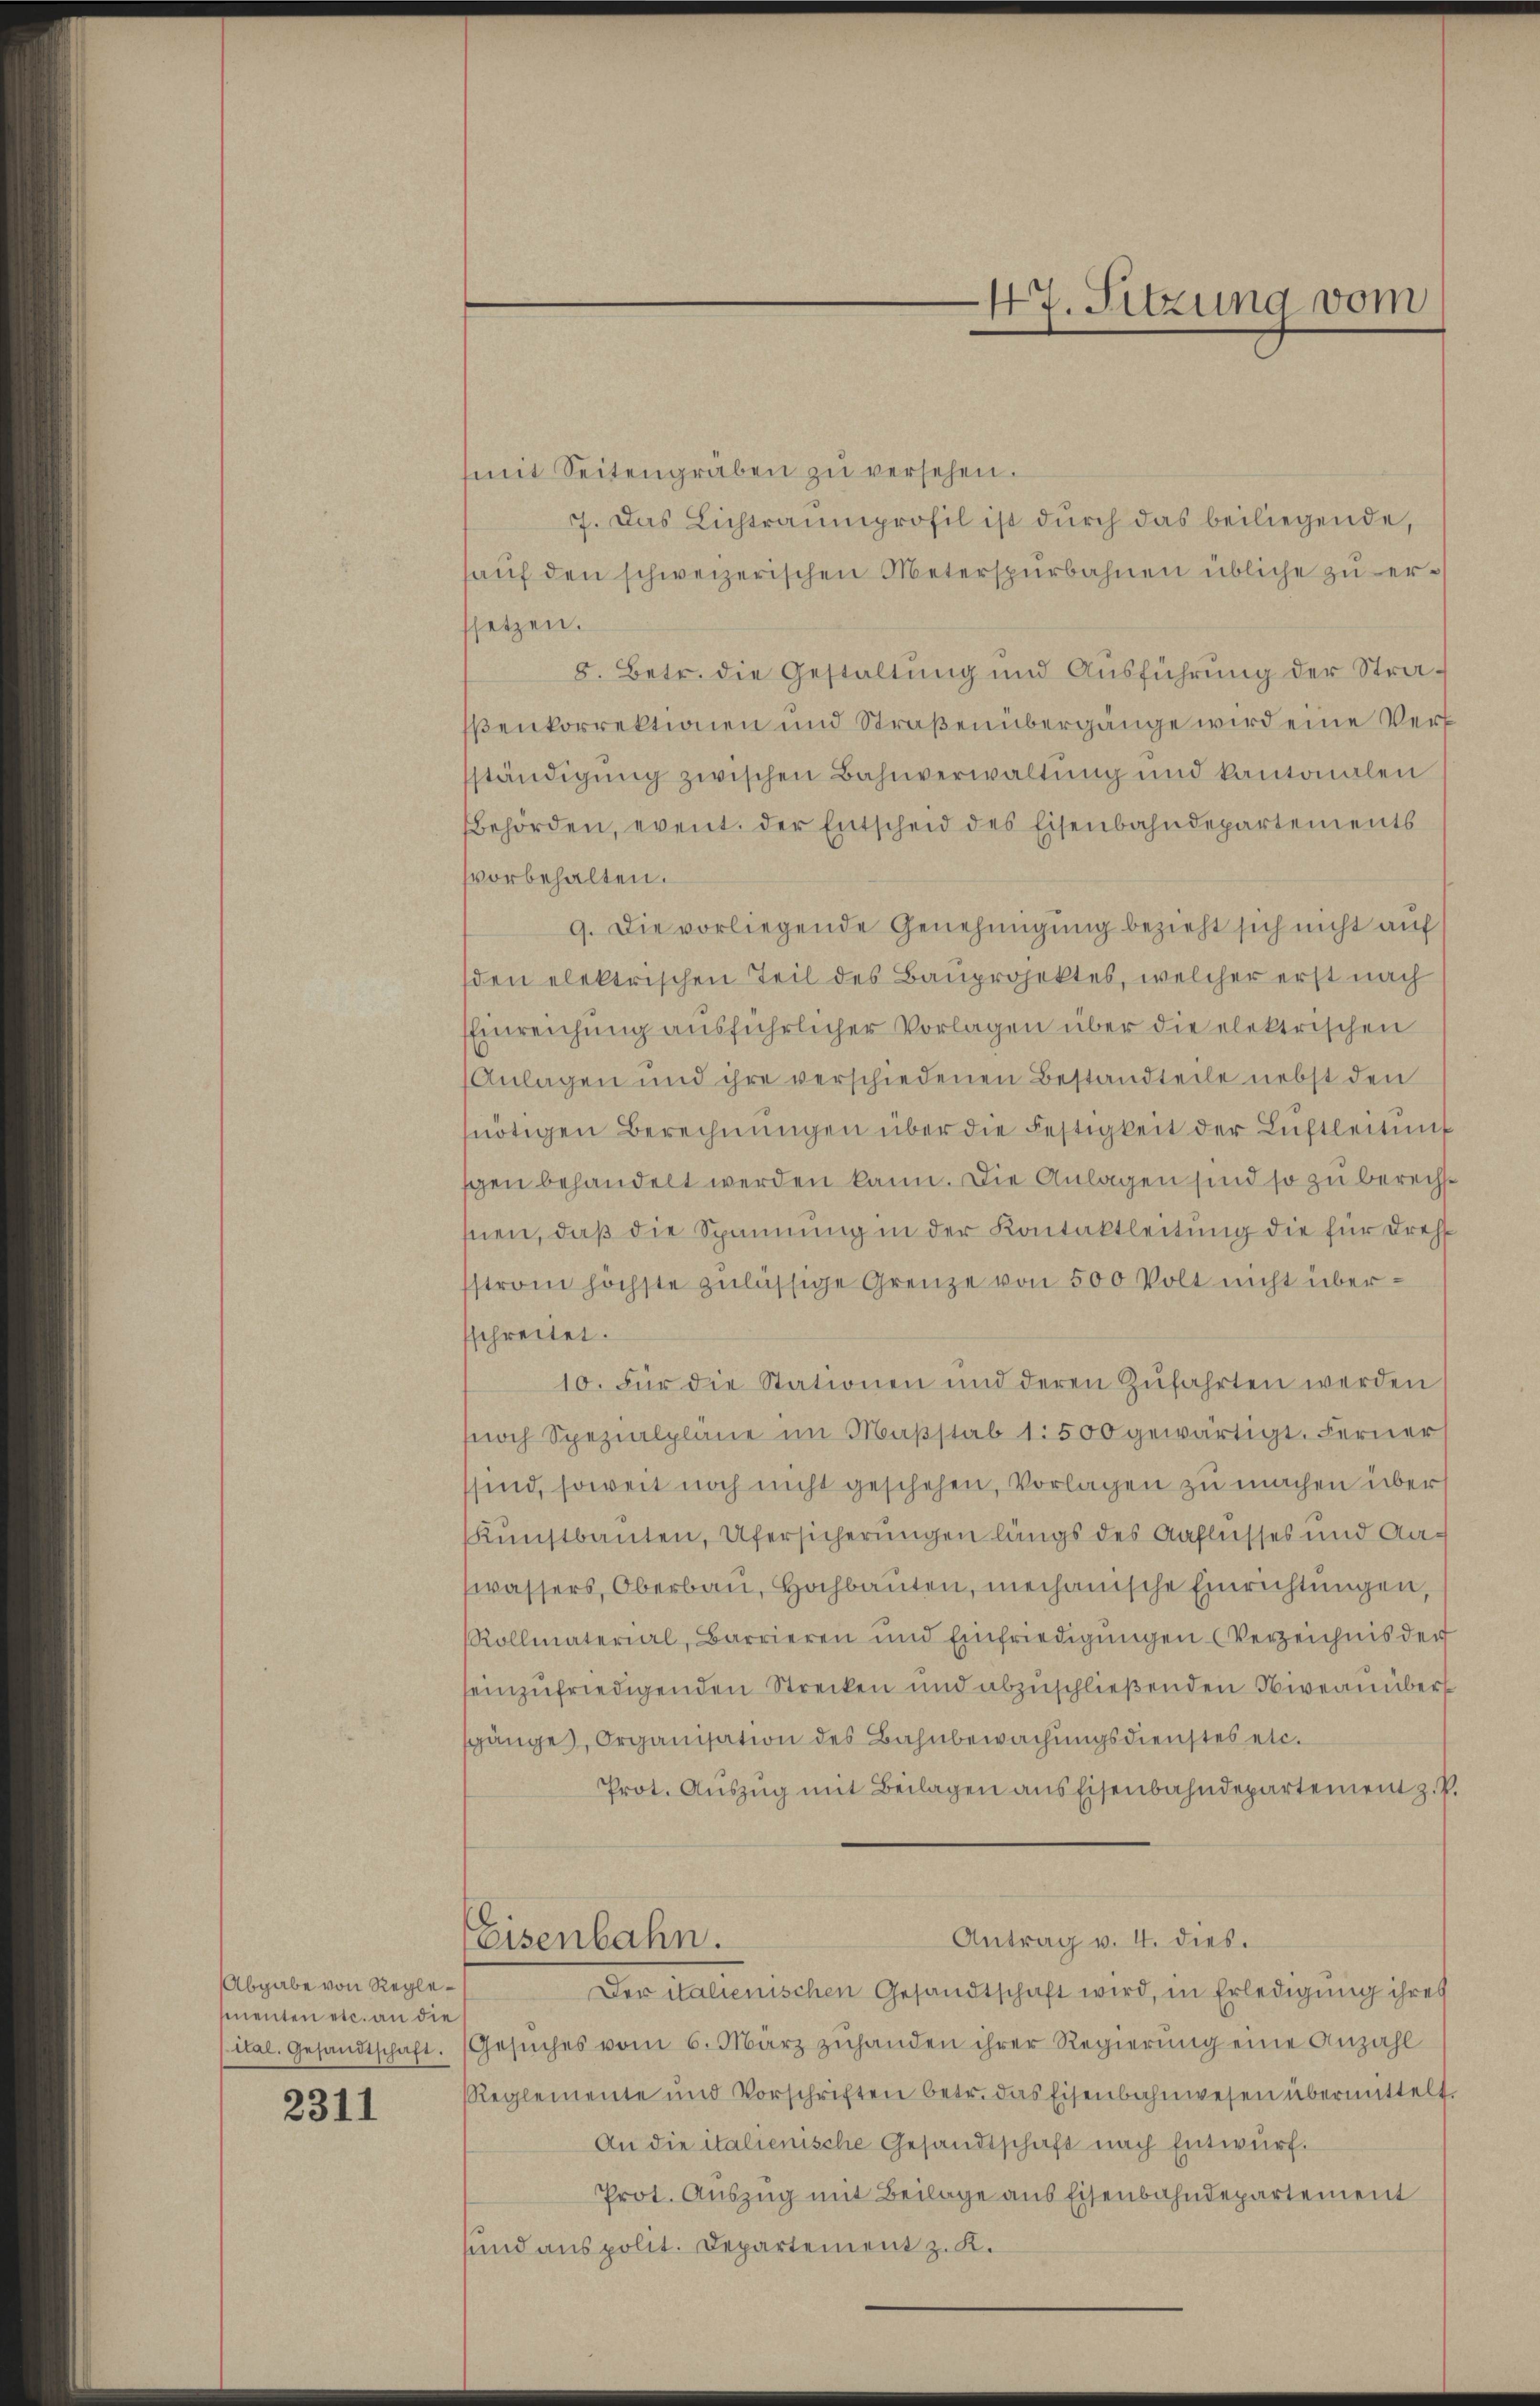
Abgabe von Reglementen etc. an die

2311

mit Seitengräben zŭ versehen.
7. Das Lichtraumprofil ist durch das beiliegende,
haŭf den schweizerischen Meterspürbahnen übliche zu ersetzen.
8. Betr. die Gestaltung und Ausführung der Straßenkorrektionen und Straßenübergänge wird eine Verständigŭng zwischen Bahnverwaltŭng und kantonalen
Behörden, event. der Entscheid des Eisenbahndepartements
svorbehalten.
9. Die vorliegende Genehmigung bezieht sich nicht auf
den elektrischen Teil des Bauprojektes, welcher erst nach
Einreichung ausführlicher Vorlagen über die elektrischen
Anlagen und ihre verschiedenen Bestandteile nebst den
nötigen Berechnŭngen über die Festigkeit der Luftleitŭng
gen behandelt werden kann. Die Anlagen sind so zu berechhen, daß die Spannung in der Kontaktleitung die für dress
strom höchste zulässige Grenze von 500 Volt nicht übersschreitet.
10. Für die Stationen und deren Zŭfahrten werden
noch Spezialpläne im Maβstab 1:500 gewärtigt. Ferner
ssind, soweit noch nicht geschehen, Vorlagen zu machen über
Kunstbauten, Ufersicherungen längs des Aaflusses und Aawassers, Oberbau, Hochbauten, mechanische Einrichtungen,
Rollmaterial, Barrieren und Einfriedigŭngen (Verzeichnis der
seinzufriedigenden Strecken und abzuschließenden Niveauüber
sgänge, Organisation des Bahnbewachungsdienstes etc.
Prot. Auszug mit Beilagen aus Eisenbahndepartement z. P.
Antrag v. I. dies.
Eisenbahn.
Der italienischen Gesandtschaft wird, in Erledigung ihres
ital. Gesandtschaft. Gesŭches vom 6. März zuhanden ihrer Regierung eine Anzahl
Reglemente und Vorschriften betr. das Eisenbahnwesen übermittelt.
An die italienische Gesandtschaft nach Entwurf.
Prot. Auszug mit Beilage aus Eisenbahndepartement
sund aus polit. Departement z. K.

47. Sitzung vom